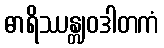
ဓာရိဿန္တျဝဒါတကံ